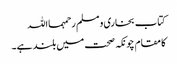
کتاب بخاری و مسلم رحمہمااللہ
کا مقام چونکہ صحت میں بلند ہے۔